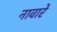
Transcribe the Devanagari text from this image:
नावारे